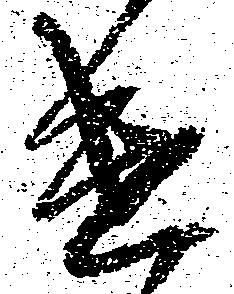
遣